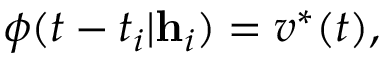
\phi ( t - t _ { i } | \mathbf { h } _ { i } ) = v ^ { * } ( t ) ,